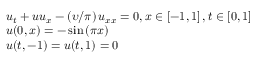
\begin{array} { l } { { u _ { t } } + u { u _ { x } } - \left( { \upsilon / \pi } \right) { u _ { x x } } = 0 , \mathrm { { } } x \in \left[ { - 1 , 1 } \right] , t \in \left[ { 0 , 1 } \right] } \\ { u ( 0 , x ) = - \sin \left( { \pi x } \right) } \\ { u ( t , - 1 ) = u ( t , 1 ) = 0 } \end{array}